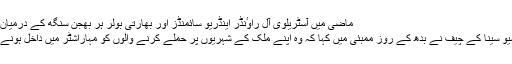
ماضی میں آسٹریلوی آل راوٴنڈر اینڈریو سائمنڈز اور بھارتی بولر ہر بھجن سنگھ کے درمیان لفظوں کی جنگ ہوچکی ہے
سخت گیر موقف کی حامل شیو سینا کے چیف نے بدھ کے روز ممبئی میں کہا کہ وہ اپنے ملک کے شہریوں پر حملے کرنے والوں کو مہاراشٹر میں داخل ہونے کی اجازت نہیں دے سکتے۔